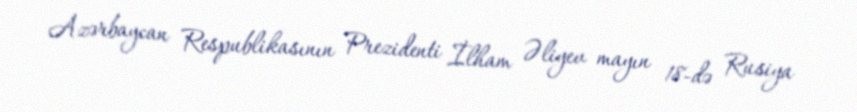
Azərbaycan Respublikasının Prezidenti İlham Əliyev mayın 18-də Rusiya